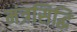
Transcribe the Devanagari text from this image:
मंत्रसिद्धि